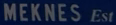
MEKNES ESI